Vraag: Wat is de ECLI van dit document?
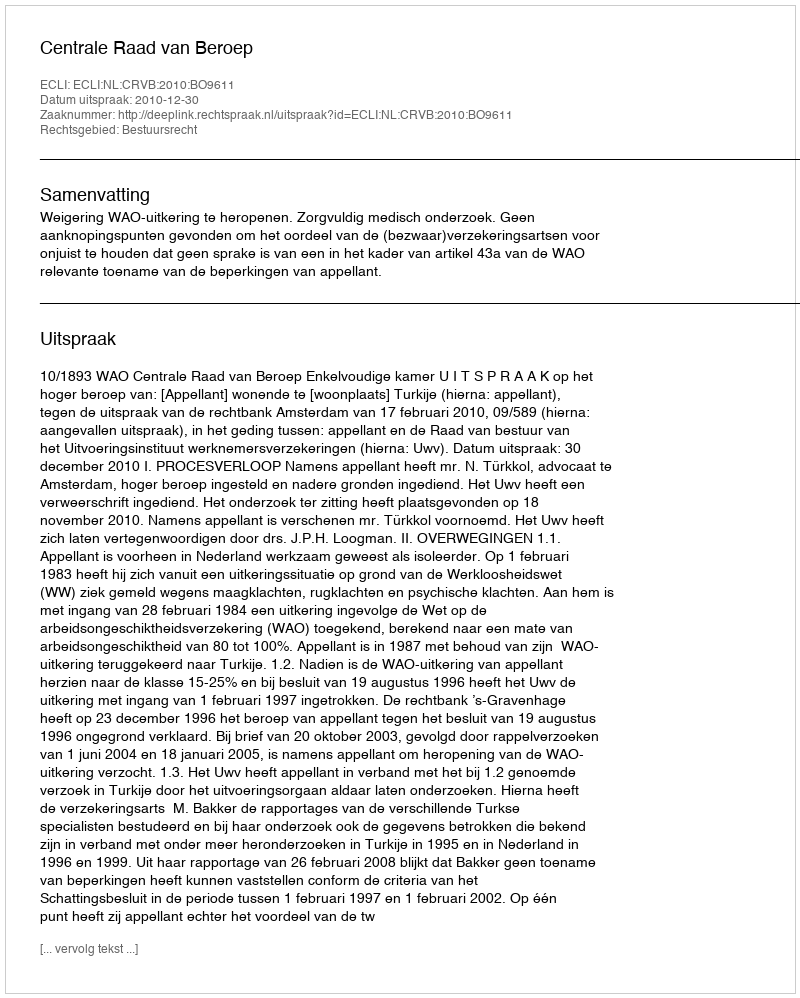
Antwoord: ECLI:NL:CRVB:2010:BO9611